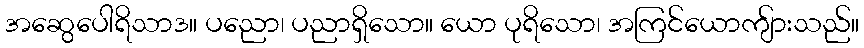
အဆွေပေါရိသာဒ။ ပညော၊ ပညာရှိသော။ ယော ပုရိသော၊ အကြင်ယောကျ်ားသည်။